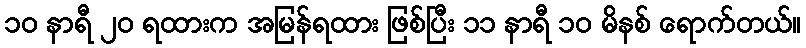
၁၀ နာရီ ၂၀ ရထားက အမြန်ရထား ဖြစ်ပြီး ၁၁ နာရီ ၁၀ မိနစ် ရောက်တယ်။